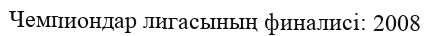
Чемпиондар лигасының финалисі: 2008